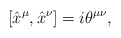
\begin{align*}[{\hat x}^\mu,{\hat x}^\nu]=i\theta^{\mu\nu},\end{align*}